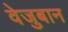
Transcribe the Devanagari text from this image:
वेजुबान